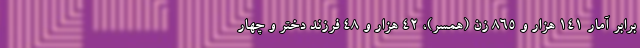
برابر آمار ۱۴۱ هزار و ۸۶۵ زن (همسر)، ۴۲ هزار و ۴۸ فرزند دختر و چهار